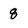
Character: 8